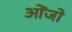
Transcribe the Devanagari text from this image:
ओंजो